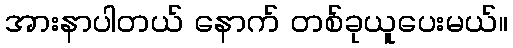
အားနာပါတယ် နောက် တစ်ခုယူပေးမယ်။